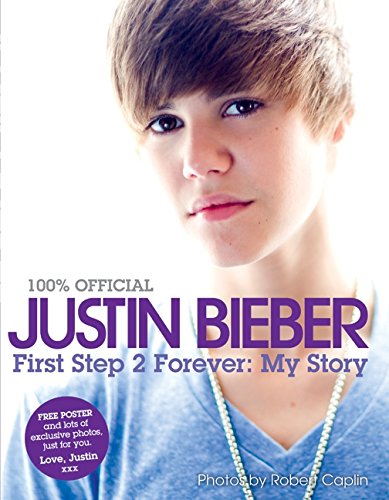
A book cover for Justin Bieber: First Step 2 Forever (100% Official); Justin Bieber; Children's Books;